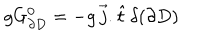
LaTeX: g G _ { \partial D } ^ { 0 } = - g \, \vec { j } . \hat { t } \, \delta ( \partial D )